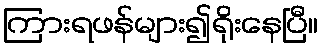
ကြားရဖန်များ၍ရိုးနေပြီ။